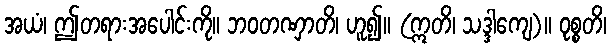
အယံ၊ ဤတရားအပေါင်းကို။ ဘဝတဏှာတိ၊ ဟူ၍။ (ဣတိ၊ သဒ္ဒါကျေ)။ ဝုစ္စတိ၊